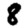
Digit: 8